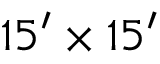
1 5 ^ { \prime } \times 1 5 ^ { \prime }